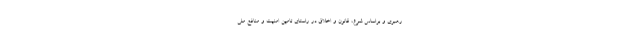
رهبری و براساس شرع، قانون و اخلاق در راستای تامین امنیت و منافع ملی